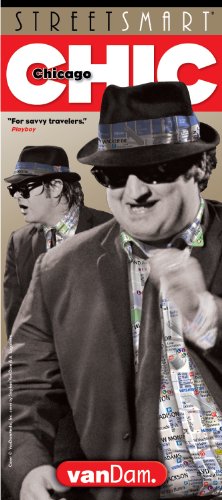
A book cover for StreetSmart Chicago; Stephan Van Dam; Travel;